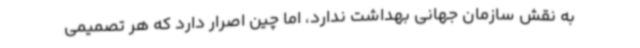
به نقش سازمان جهانی بهداشت ندارد، اما چین اصرار دارد که هر تصمیمی